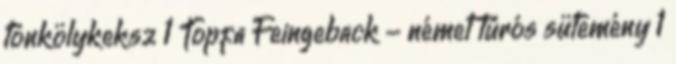
tönkölykeksz 1 Topfa Feingeback - német túrós sütemény 1